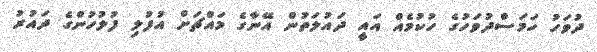
ދުވަހު ހަމަސްދުވަހުގެ ހުކުމެއް އައީ ދައުލަތުން އޭނާގެ މައްޗަށް އުފުލި ފުލުހުންގެ ދައުރު